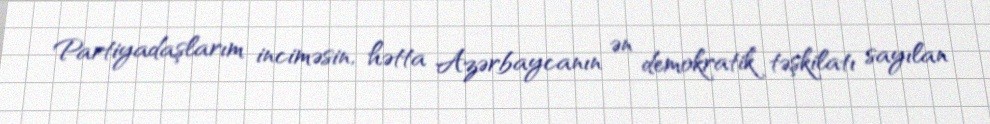
Partiyadaşlarım inciməsin, hətta Azərbaycanın ən demokratik təşkilatı sayılan